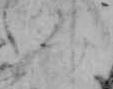
み